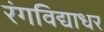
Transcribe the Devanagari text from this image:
रंगविद्याधर